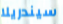
سيندريلا